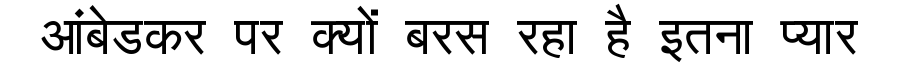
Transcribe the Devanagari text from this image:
आंबेडकर पर क्यों बरस रहा है इतना प्यार